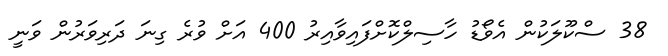
38 ސްކޫލަކުން އެވޯޑު ހާސިލްކޮށްފައިވާއިރު 400 އަށް ވުރެ ގިނަ ދަރިވަރުން ވަނީ